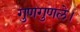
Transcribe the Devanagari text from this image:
गुणगुणले।